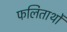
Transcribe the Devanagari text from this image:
फलितार्थों